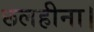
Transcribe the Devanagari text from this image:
छलहीना।